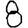
Digit: 8